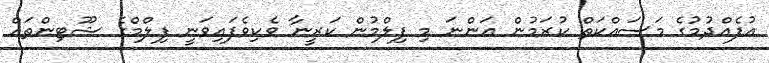
އުފެއްދުމުގެ މަސައްކަތް ކުރަމުން އަންނަ މި ފިލްމުން ކަރީނާ ވެކިވެފައިވަނީ ފިލްމްގެ ޝޫޓިންތައް